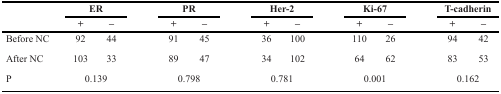
<table><thead><tr><td rowspan="2"></td><td colspan="2"><b>ER</b></td><td colspan="2"><b>PR</b></td><td colspan="2"><b>Her-2</b></td><td colspan="2"><b>Ki-67</b></td><td colspan="2"><b>T-cadherin</b></td></tr><tr><td><b>+</b></td><td><b>–</b></td><td><b>+</b></td><td><b>–</b></td><td><b>+</b></td><td><b>–</b></td><td><b>+</b></td><td><b>–</b></td><td><b>+</b></td><td><b>–</b></td></tr></thead><tbody><tr><td>Before NC</td><td>92</td><td>44</td><td>91</td><td>45</td><td>36</td><td>100</td><td>110</td><td>26</td><td>94</td><td>42</td></tr><tr><td>After NC</td><td>103</td><td>33</td><td>89</td><td>47</td><td>34</td><td>102</td><td>64</td><td>62</td><td>83</td><td>53</td></tr><tr><td>P</td><td colspan="2">0.139</td><td colspan="2">0.798</td><td colspan="2">0.781</td><td colspan="2">0.001</td><td colspan="2">0.162</td></tr></tbody></table>